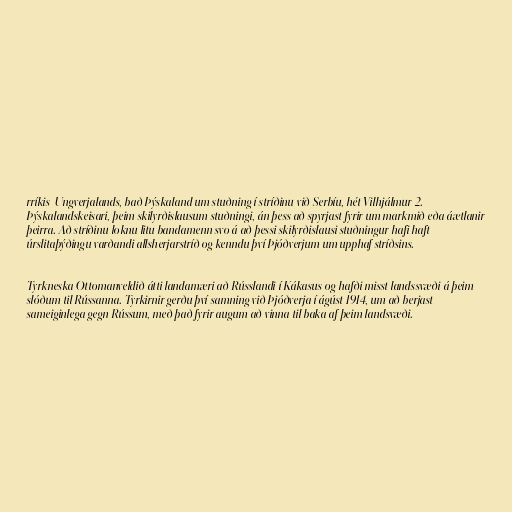
rríkis-Ungverjalands, bað Þýskaland um stuðning í stríðinu við Serbíu, hét Vilhjálmur 2.
Þýskalandskeisari, þeim skilyrðislausum stuðningi, án þess að spyrjast fyrir um markmið eða áætlanir
þeirra. Að stríðinu loknu litu bandamenn svo á að þessi skilyrðislausi stuðningur hafi haft
úrslitaþýðingu varðandi allsherjarstríð og kenndu því Þjóðverjum um upphaf stríðsins.

Tyrkneska Ottomanveldið átti landamæri að Rússlandi í Kákasus og hafði misst landssvæði á þeim
slóðum til Rússanna. Tyrkirnir gerðu því samning við Þjóðverja í ágúst 1914, um að berjast
sameiginlega gegn Rússum, með það fyrir augum að vinna til baka af þeim landsvæði.